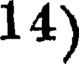
14)